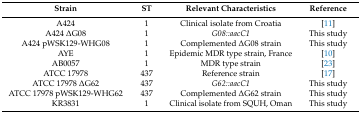
<table><thead><tr><td><b>Strain</b></td><td><b>ST</b></td><td><b>Relevant Characteristics</b></td><td><b>Reference</b></td></tr></thead><tbody><tr><td>A424</td><td>1</td><td>Clinical isolate from Croatia</td><td>[11]</td></tr><tr><td>A424 ΔG08</td><td>1</td><td><i>G08::aacC1</i></td><td>This study</td></tr><tr><td>A424 pWSK129-WHG08</td><td>1</td><td>Complemented ΔG08 strain</td><td>This study</td></tr><tr><td>AYE</td><td>1</td><td>Epidemic MDR type strain, France</td><td>[10]</td></tr><tr><td>AB0057</td><td>1</td><td>MDR type strain</td><td>[23]</td></tr><tr><td>ATCC 17978</td><td>437</td><td>Reference strain</td><td>[17]</td></tr><tr><td>ATCC 17978 ΔG62</td><td>437</td><td><i>G62::aacC1</i></td><td>This study</td></tr><tr><td>ATCC 17978 pWSK129-WHG62</td><td>437</td><td>Complemented ΔG62 strain</td><td>This study</td></tr><tr><td>KR3831</td><td>1</td><td>Clinical isolate from SQUH, Oman</td><td>This study</td></tr></tbody></table>